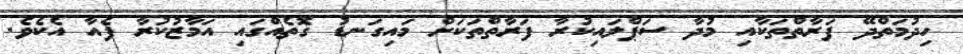
ހިދުމަތްދޭ ފަރާތްތަކާއި މުދާ ސަޕްލައިކުރާ ފަރާތްތަކަށް މައިގަނޑު ގޮތެއްގައި އަމާޒުކުރާ ފެއާ އެކެވެ.